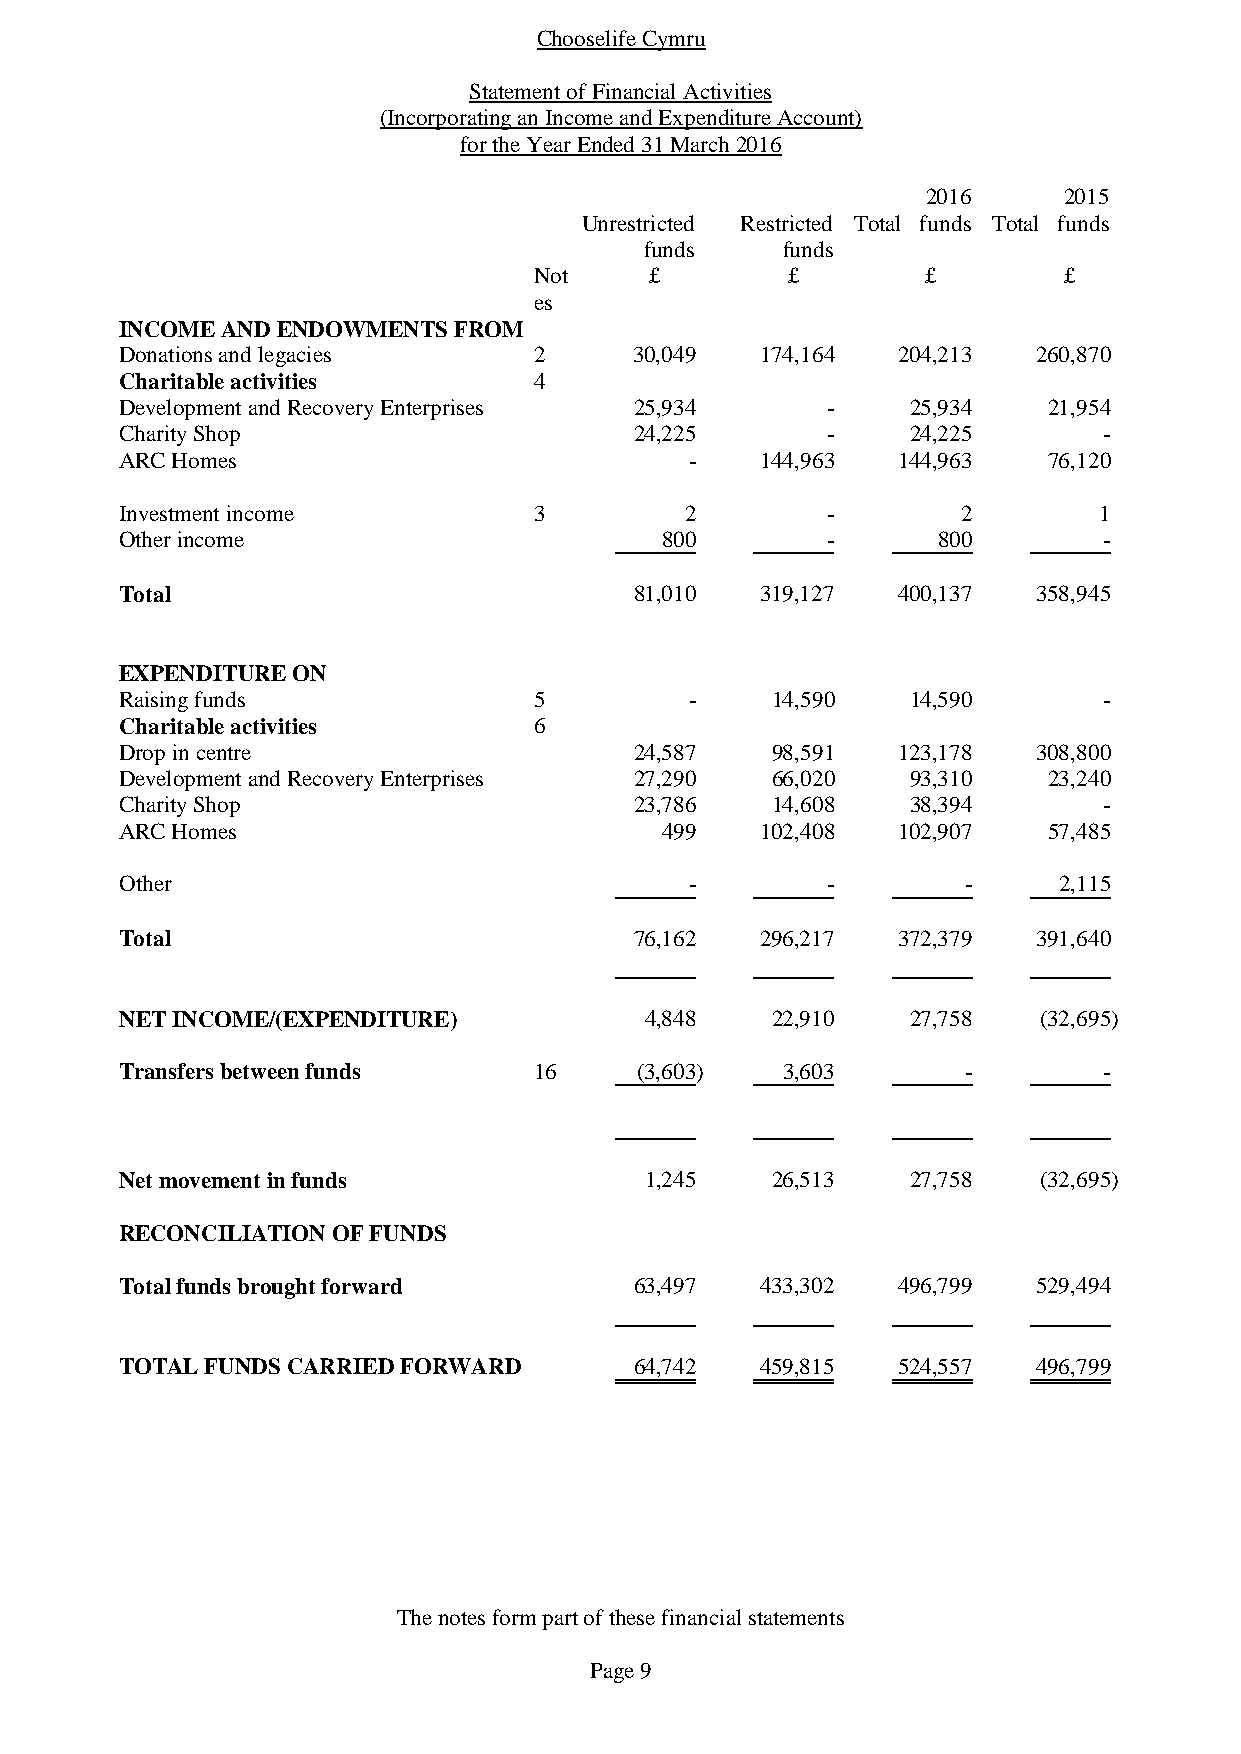
Chooselife Cymru
 Statement of Financial Activities
 (Incorporating an Income and Expenditure Account)
 for the Year Ended 31 March 2016
 2016     2015
 Unrestricted Restricted Total funds Total funds
 funds    funds
 Not     £        £        £        £
 es
 INCOME AND ENDOWMENTS FROM
 Donations and legacies     2      30,049  174,164  204,213   260,870
 Charitable activities      4
 Development and Recovery Enterprises 25,934    -    25,934   21,954
 Charity Shop                      24,225       -    24,225       -
 ARC Homes                             -   144,963  144,963   76,120
 Investment income          3         2         -        2        1
 Other income                        800        -      800        -
 Total                             81,010  319,127  400,137   358,945
 EXPENDITURE ON
 Raising funds              5          -    14,590   14,590       -
 Charitable activities      6
 Drop in centre                    24,587   98,591  123,178   308,800
 Development and Recovery Enterprises 27,290 66,020  93,310   23,240
 Charity Shop                      23,786   14,608   38,394       -
 ARC Homes                           499   102,408  102,907   57,485
 Other                                 -        -        -     2,115
 Total                             76,162  296,217  372,379   391,640
 NET INCOME/(EXPENDITURE)           4,848   22,910   27,758   (32,695)
 Transfers between funds    16     (3,603)   3,603       -        -
 Net movement in funds              1,245   26,513   27,758   (32,695)
 RECONCILIATION OF FUNDS
 Total funds brought forward       63,497  433,302  496,799   529,494
 TOTAL FUNDS CARRIED FORWARD       64,742  459,815  524,557   496,799
 The notes form part of these financial statements
 Page 9